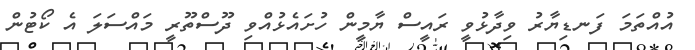
އުއްތަމަ ފަނޑިޔާރު ވިދާޅުވީ ރައީސް ޔާމީން ހުށައެޅުއްވި ދޫސްތޫރީ މައްސަލަ އެ ކޯޓުން